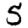
Digit: 5